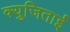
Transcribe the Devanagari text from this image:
क्युजिताई